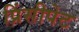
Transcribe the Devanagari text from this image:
प्रिंसीपेट